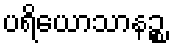
ပရိယောသာနဉ္စ